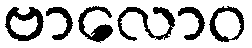
ဗာလောဝ